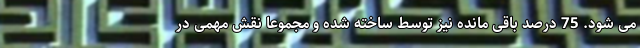
می شود. 75 درصد باقی مانده نیز توسط ساخته شده و مجموعا نقش مهمی در